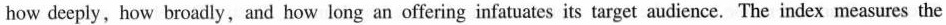
how deeply, how broadly, and how long an offering infatuates its target audience. The index measures the